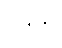
ဝိဒိတွ